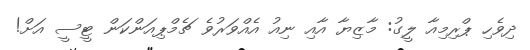
ދިވެހި ޕްރިމިއާ ލީގު: މާޒިޔާ އާއި ނިއު އެއްވަރުވެ ޗެމްޕިއަންކަން ޓީސީ އަށް!